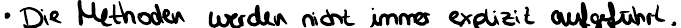
Die Methoden werden nicht immer explizit aufgeführt